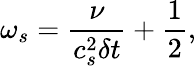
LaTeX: \omega_{s}=\frac{\nu}{c_{s}^{2}\delta t}+\frac{1}{2},